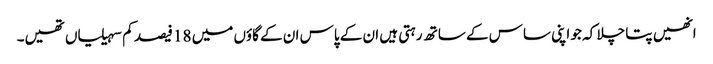
انھیں پتا چلا کہ جو اپنی ساس کے ساتھ رہتی ہیں ان کے پاس ان کے گاؤں میں 18 فیصد کم سہیلیاں تھیں۔